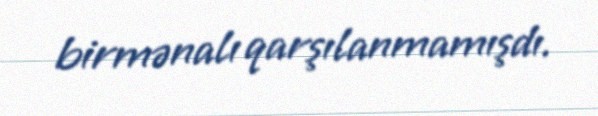
birmənalı qarşılanmamışdı.